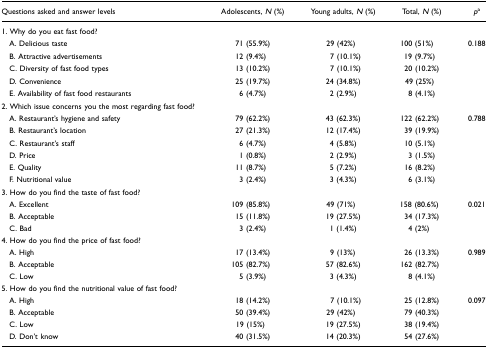
<table><thead><tr><td><b>Questions asked and answer levels</b></td><td><b>Adolescents, <i>N</i> (%)</b></td><td><b>Young adults, <i>N</i> (%)</b></td><td><b>Total, <i>N</i> (%)</b></td><td><b><i>p</i>a</b></td></tr></thead><tbody><tr><td>1. Why do you eat fast food?</td><td></td><td></td><td></td><td></td></tr><tr><td> A. Delicious taste</td><td>71 (55.9%)</td><td>29 (42%)</td><td>100 (51%)</td><td>0.188</td></tr><tr><td> B. Attractive advertisements</td><td>12 (9.4%)</td><td>7 (10.1%)</td><td>19 (9.7%)</td><td></td></tr><tr><td> C. Diversity of fast food types</td><td>13 (10.2%)</td><td>7 (10.1%)</td><td>20 (10.2%)</td><td></td></tr><tr><td> D. Convenience</td><td>25 (19.7%)</td><td>24 (34.8%)</td><td>49 (25%)</td><td></td></tr><tr><td> E. Availability of fast food restaurants</td><td>6 (4.7%)</td><td>2 (2.9%)</td><td>8 (4.1%)</td><td></td></tr><tr><td>2. Which issue concerns you the most regarding fast food?</td><td></td><td></td><td></td><td></td></tr><tr><td> A. Restaurant&#x27;s hygiene and safety</td><td>79 (62.2%)</td><td>43 (62.3%)</td><td>122 (62.2%)</td><td>0.788</td></tr><tr><td> B. Restaurant&#x27;s location</td><td>27 (21.3%)</td><td>12 (17.4%)</td><td>39 (19.9%)</td><td></td></tr><tr><td> C. Restaurant&#x27;s staff</td><td>6 (4.7%)</td><td>4 (5.8%)</td><td>10 (5.1%)</td><td></td></tr><tr><td> D. Price</td><td>1 (0.8%)</td><td>2 (2.9%)</td><td>3 (1.5%)</td><td></td></tr><tr><td> E. Quality</td><td>11 (8.7%)</td><td>5 (7.2%)</td><td>16 (8.2%)</td><td></td></tr><tr><td> F. Nutritional value</td><td>3 (2.4%)</td><td>3 (4.3%)</td><td>6 (3.1%)</td><td></td></tr><tr><td>3. How do you find the taste of fast food?</td><td></td><td></td><td></td><td></td></tr><tr><td> A. Excellent</td><td>109 (85.8%)</td><td>49 (71%)</td><td>158 (80.6%)</td><td>0.021</td></tr><tr><td> B. Acceptable</td><td>15 (11.8%)</td><td>19 (27.5%)</td><td>34 (17.3%)</td><td></td></tr><tr><td> C. Bad</td><td>3 (2.4%)</td><td>1 (1.4%)</td><td>4 (2%)</td><td></td></tr><tr><td>4. How do you find the price of fast food?</td><td></td><td></td><td></td><td></td></tr><tr><td> A. High</td><td>17 (13.4%)</td><td>9 (13%)</td><td>26 (13.3%)</td><td>0.989</td></tr><tr><td> B. Acceptable</td><td>105 (82.7%)</td><td>57 (82.6%)</td><td>162 (82.7%)</td><td></td></tr><tr><td> C. Low</td><td>5 (3.9%)</td><td>3 (4.3%)</td><td>8 (4.1%)</td><td></td></tr><tr><td>5. How do you find the nutritional value of fast food?</td><td></td><td></td><td></td><td></td></tr><tr><td> A. High</td><td>18 (14.2%)</td><td>7 (10.1%)</td><td>25 (12.8%)</td><td>0.097</td></tr><tr><td> B. Acceptable</td><td>50 (39.4%)</td><td>29 (42%)</td><td>79 (40.3%)</td><td></td></tr><tr><td> C. Low</td><td>19 (15%)</td><td>19 (27.5%)</td><td>38 (19.4%)</td><td></td></tr><tr><td> D. Don&#x27;t know</td><td>40 (31.5%)</td><td>14 (20.3%)</td><td>54 (27.6%)</td><td></td></tr></tbody></table>